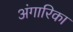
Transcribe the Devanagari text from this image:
अंगारिका